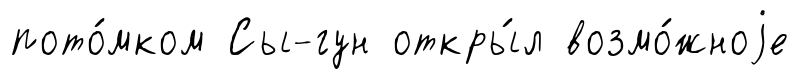
пото́мком Сы-гун откры́л возмо́жноjе